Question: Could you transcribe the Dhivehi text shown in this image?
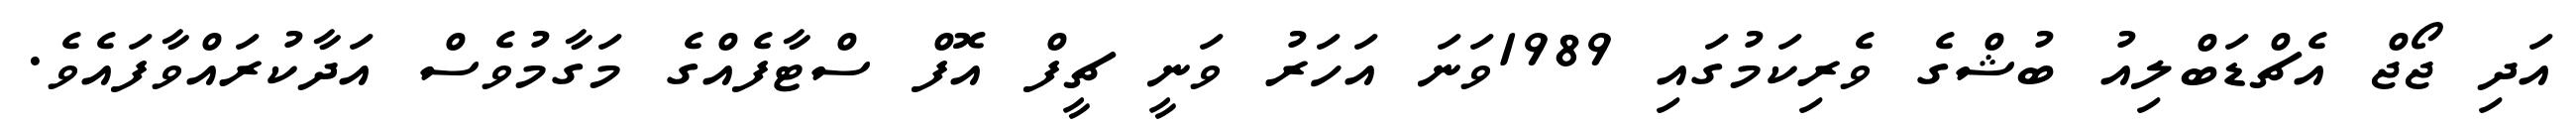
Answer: އަދި ޖޯޖް އެޗްޑަބްލިއު ބުޝްގެ ވެރިކަމުގައި 1989ވަނަ އަހަރު ވަނީ ޗީފް އޮފް ސްޓާފެއްގެ މަގާމުވެސް އަދާކުރައްވާފައެވެ.